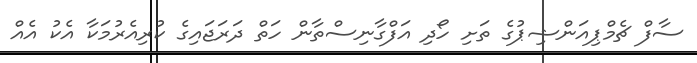
ސާފް ޗެމްޕިއަންޝިޕުގެ ތަށި ހޯދި އަފްގާނިސްތާން ހަތް ދަރަޖައިގެ ކުރިއެރުމަކާ އެކު އެއް